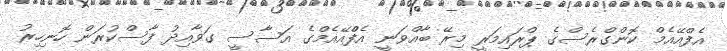
އެފްއޭއެމް ކޮންގްރެސްގެ ޕްރައިމަރީ މިރޭ ބާއްވަނީ އެފްްއޭއެމްގެ އަސާސީ ގަވާއިދު ފާސްކުރަން ހޮނިހިރު